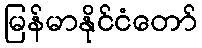
မြန်မာနိုင်ငံတော်